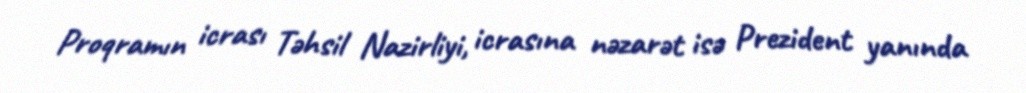
Proqramın icrası Təhsil Nazirliyi, icrasına nəzarət isə Prezident yanında